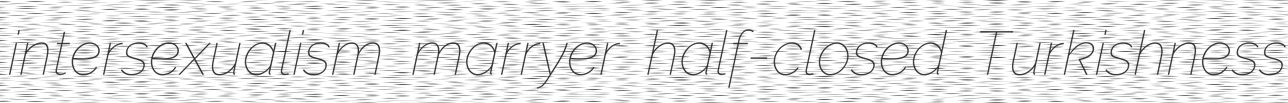
intersexualism marryer half-closed Turkishness